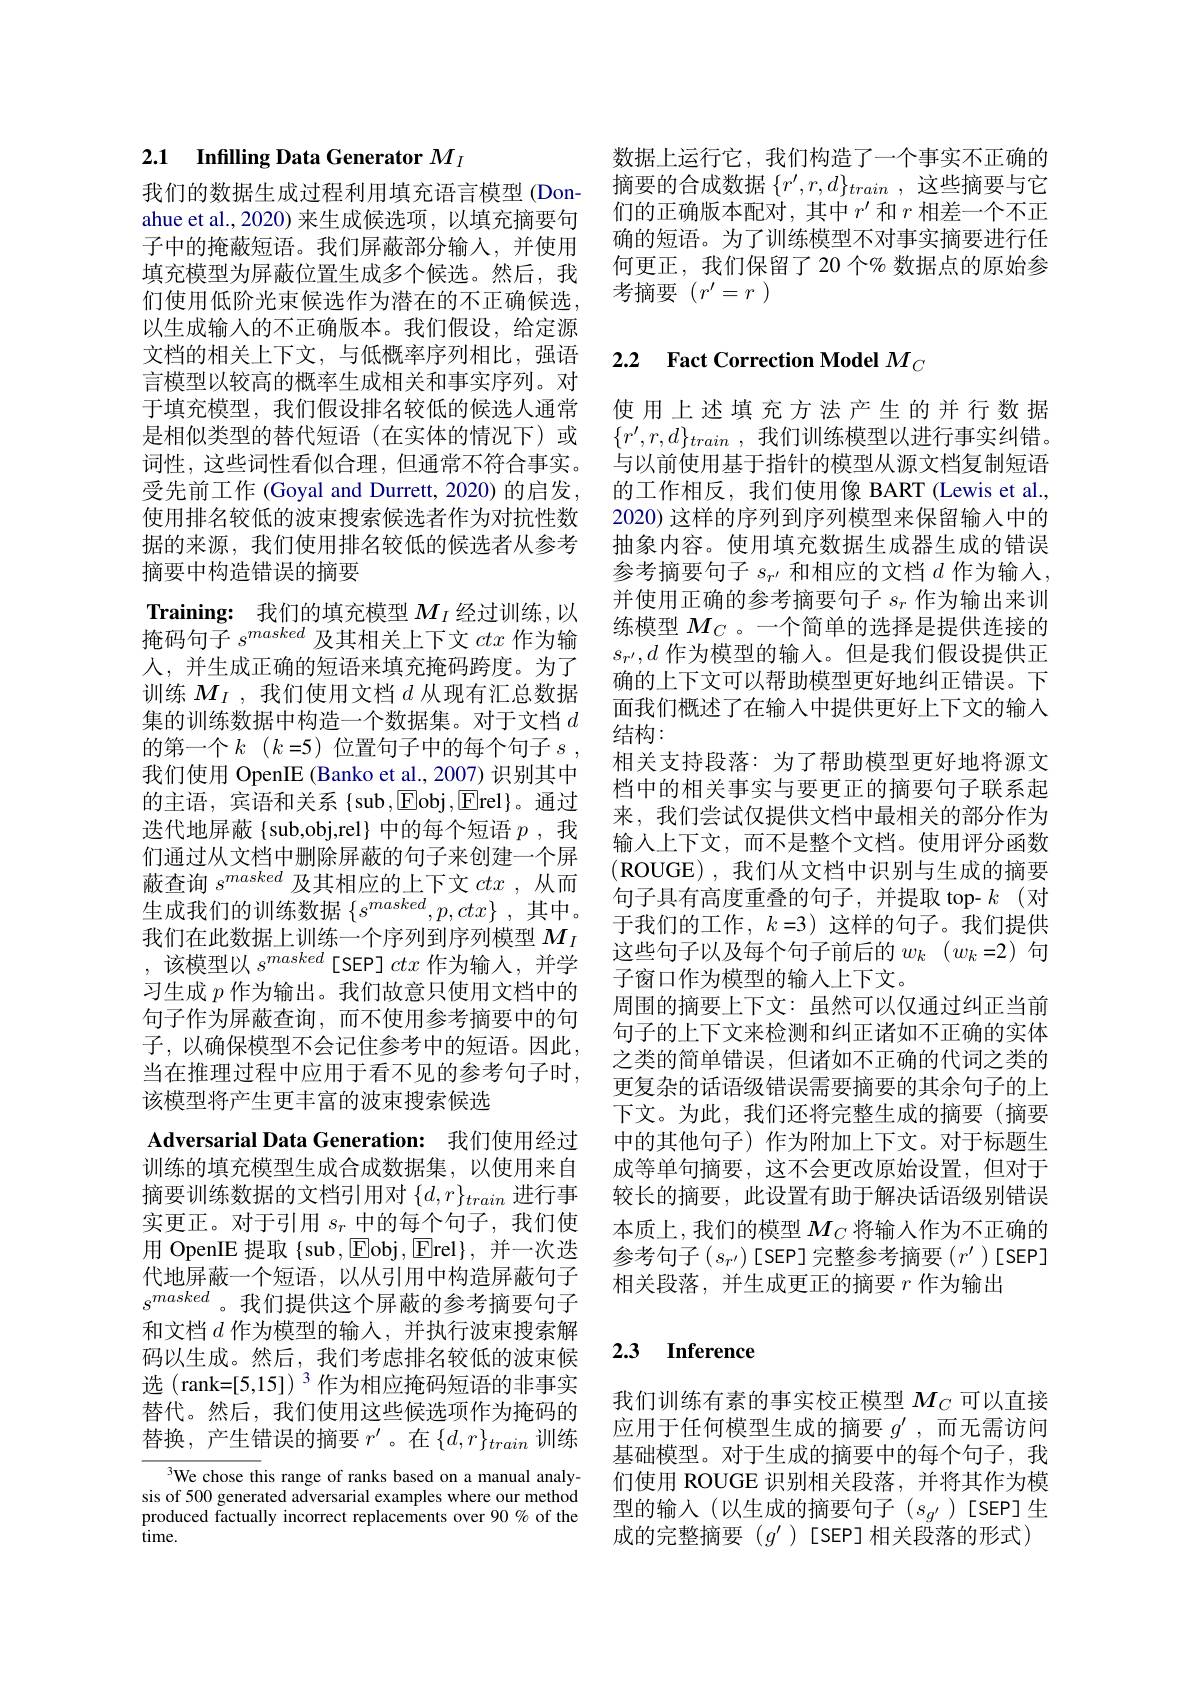
# 2.1 Infilling Data Generator $M_I$

我们的数据生成过程利用填充语言模型(Donahue et al.,2020) 来生成候选项，以填充摘要句子中的掩蔽短语。我们屏蔽部分输入，并使用填充模型为屏蔽位置生成多个候选。然后，我们使用低阶光束候选作为潜在的不正确候选， 以生成输入的不正确版本。我们假设，给定源文档的相关上下文，与低概率序列相比，强语言模型以较高的概率生成相关和事实序列。对于填充模型，我们假设排名较低的候选人通常是相似类型的替代短语(在实体的情况下)或词性，这些词性看似合理，但通常不符合事实。受先前工作 (Goyal and Durrett, 2020) 的启发， 使用排名较低的波束搜索候选者作为对抗性数据的来源，我们使用排名较低的候选者从参考摘要中构造错误的摘要

Training: 我们的填充模型$M_I$经过训练，以掩码句子$s^masked$及其相关上下文ctx作为输人，并生成正确的短语来填充掩码跨度。为了训练$M_I$ ,我们使用文档$d$从现有汇总数据集的训练数据中构造一个数据集。对于文档$d$ 的第一个$k$ $( k= 5)$位置句子中的每个句子$s$ , 我们使用 OpenIE (Banko et al.,2007) 识别其中的主语，宾语和关系{sub},Eobj,Erel}。通过选代地屏蔽 {sub,obj,rel} 中的每个短语$p$,我们通过从文档中删除屏蔽的句子来创建一个屏蔽查询$s^{masked}$及其相应的上下文ctx ,从而生成我们的训练数据$\left\{s^masked,p,ctx\right\}$,其中。我们在此数据上训练一个序列到序列模型$M_I$ ,该模型以$s^masked$[SEP]ctx 作为输入，并学习生成$p$作为输出。我们故意只使用文档中的句子作为屏蔽查询，而不使用参考摘要中的句子，以确保模型不会记住参考中的短语。因此， 当在推理过程中应用于看不见的参考句子时， 该模型将产生更丰富的波束搜索候选
Adversarial Data Generation: 我们使用经过训练的填充模型生成合成数据集，以使用来自摘要训练数据的文档引用对$\{d,r\}_{train}$进行事实更正。对于引用$s_r$中的每个句子，我们使用 OpenIE 提取$\{$sub,$\boxed{\mathrm{F}}$obj,$\boxed{\mathrm{E}}$rel$\}$,并一次迭代地屏蔽一个短语，以从引用中构造屏蔽句子$s^{masked}$。我们提供这个屏蔽的参考摘要句子和文档$d$作为模型的输入，并执行波束搜索解码以生成。然后，我们考虑排名较低的波束候选 (rank=[5,15]) $^3$作为相应掩码短语的非事实替代。然后，我们使用这些候选项作为掩码的替换，产生错误的摘要 $r^\prime$。在$\{d,r\}_{train}$ 训练
$^{3}$We chose this range of ranks based on a manual analy-

sis of 500 generated adversarial examples where our method produced factually incorrect replacements over 90% of the time.

数据上运行它，我们构造了一个事实不正确的摘要的合成数据$\{r^\prime,r,d\}_{train}$,这些摘要与它们的正确版本配对，其中$r^\prime$和$r$相差一个不正确的短语。为了训练模型不对事实摘要进行任何更正，我们保留了20 个% 数据点的原始参考摘要$(r^\prime=r$

# 2.2 Fact Correction Model $M_C$

使用上述填充方法产生的并行数据$\{ r^{\prime }, r, d\} _{train}$ ,我们训练模型以进行事实纠错。与以前使用基于指针的模型从源文档复制短语的工作相反，我们使用像 BART (Lewis et al., 2020) 这样的序列到序列模型来保留输入中的抽象内容。使用填充数据生成器生成的错误参考摘要句子$s_r^{\prime}$和相应的文档$d$作为输入， 并使用正确的参考摘要句子$s_r$作为输出来训练模型$M_C$ 。一个简单的选择是提供连接的$s_{r^{\prime}},d$作为模型的输入。但是我们假设提供正确的上下文可以帮助模型更好地纠正错误。下面我们概述了在输入中提供更好上下文的输入结构：
相关支持段落：为了帮助模型更好地将源文档中的相关事实与要更正的摘要句子联系起来，我们尝试仅提供文档中最相关的部分作为输入上下文，而不是整个文档。使用评分函数(ROUGE),我们从文档中识别与生成的摘要句子具有高度重叠的句子，并提取 top- $k$(对于我们的工作，$k=3)$这样的句子。我们提供这些句子以及每个句子前后的$w_k(w_k=2)$句子窗口作为模型的输入上下文。
周围的摘要上下文：虽然可以仅通过纠正当前句子的上下文来检测和纠正诸如不正确的实体之类的简单错误，但诸如不正确的代词之类的更复杂的话语级错误需要摘要的其余句子的上下文。为此，我们还将完整生成的摘要(摘要中的其他句子)作为附加上下文。对于标题生成等单句摘要，这不会更改原始设置，但对于较长的摘要，此设置有助于解决话语级别错误本质上，我们的模型$M_C$将输入作为不正确的参考句子$\left(s_{r^{\prime}}\right)[$SEP]完整参考摘要$\left(r^{\prime}\right)[$SEP] 相关段落，并生成更正的摘要$r$作为输出

# 2.3 Inference

我们训练有素的事实校正模型$M_C$可以直接应用于任何模型生成的摘要$g^{\prime}$ ,而无需访问基础模型。对于生成的摘要中的每个句子，我们使用 ROUGE 识别相关段落，并将其作为模型的输入(以生成的摘要句子($s_g^{\prime})$[SEP]生成的完整摘要(g^{$\prime )[SEP]相关段落的形式)$